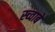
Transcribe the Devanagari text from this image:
स्च्वाबे